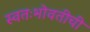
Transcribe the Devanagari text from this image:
स्वतःभोवतीची